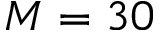
M = 3 0